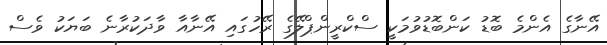
އޭނާގެ އެންމެ ބޮޑު ކަންބޮޑުވުމަކީ ސްކްރީންޕްލޭގެ ރޭހުގައި އޭނާއާ ވާދަކުރާނެ ބަޔަކު ވެސް